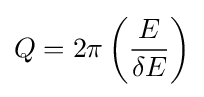
Q=2{\pi }\left({\frac {E}{{\delta }E}}\right)